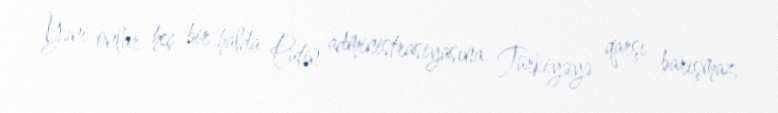
Yəni onlar heç bir halda Putin administrasiyasına Türkiyəyə qarşı barışmaz,